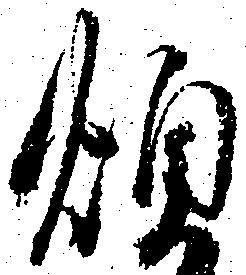
煩